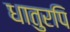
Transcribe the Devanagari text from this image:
धातुरपि